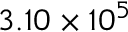
3 . 1 0 \times 1 0 ^ { 5 }